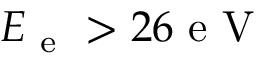
E _ { \mathrm { ~ e ~ } } > 2 6 \mathrm { ~ e ~ V ~ }